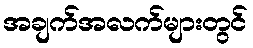
အချက်အလက်များတွင်